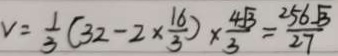
v = \frac { 1 } { 3 } ( 3 2 - 2 \times \frac { 1 6 } { 3 } ) \times \frac { 4 \sqrt { 3 } } { 3 } = \frac { 2 5 6 \sqrt { 3 } } { 2 7 }